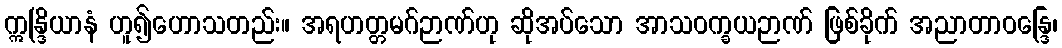
ဣန္ဒြိယာနံ ဟူ၍ဟောသတည်း။ အရဟတ္တမဂ်ဉာဏ်ဟု ဆိုအပ်သော အာသဝက္ခယဉာဏ် ဖြစ်ခိုက် အညာတာဝန္ဒြေ၊